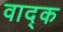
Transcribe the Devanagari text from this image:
वाद्क